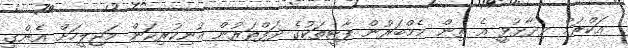
އަކްރަމް ވިދާޅުވީ އެ ތިން މެމްބަރުން ޕާޓީތަކުގެ ދަފްތަރުން އުނިކުރިކަން މަޖިލީހަށް އެންގީ